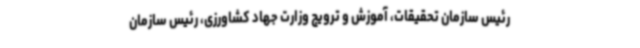
رئیس سازمان تحقیقات، آموزش و ترویج وزارت جهاد کشاورزی، رئیس سازمان